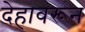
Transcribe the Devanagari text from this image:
देहावरून